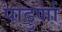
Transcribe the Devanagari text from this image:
पाढुर्णा